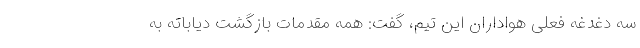
سه دغدغه فعلی هواداران این تیم، گفت: همه مقدمات بازگشت دیاباته به